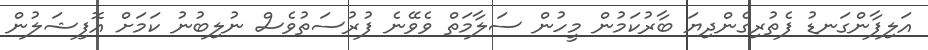
އަލިފާންގަނޑު ފެތުރިގެންދިޔަ ބާރުކަމުން މީހުން ސަލާމަތް ވެވޭނެ ފުރުސަތުވެސް ނުލިބުނު ކަމަށް އޮފިޝަލުން